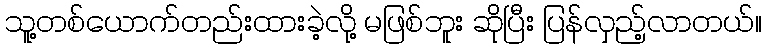
သူ့တစ်ယောက်တည်းထားခဲ့လို့ မဖြစ်ဘူး ဆိုပြီး ပြန်လှည့်လာတယ်။